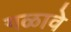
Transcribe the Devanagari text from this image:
गळावे